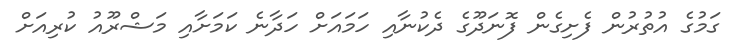
ގަމުގެ އުތުރުން ފެށިގެން ފޮނަދޫގެ ދެކުނާއި ހަމައަށް ހަދާނެ ކަމަށާއި މަޝްރޫއު ކުރިއަށް